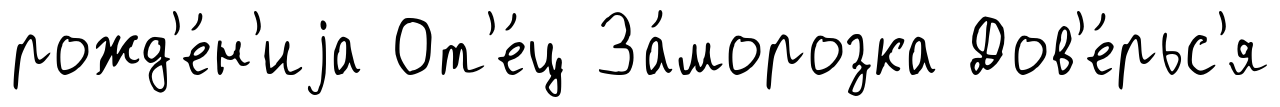
рожд'е́н'иjа От'е́ц За́морозка Дов'е́рьс'я